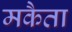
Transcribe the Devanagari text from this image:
मकैता